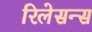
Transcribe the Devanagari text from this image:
रिलेसन्स